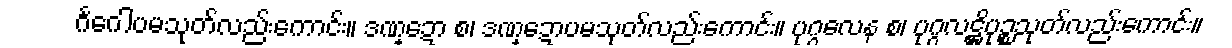
ဂင်္ဂေါပမသုတ်လည်းကောင်း။ ဒဏ္ဍော စ၊ ဒဏ္ဍောပမသုတ်လည်းကောင်း။ ပုဂ္ဂလေန စ၊ ပုဂ္ဂလဋ္ဌိပုဉ္စသုတ်လည်းကောင်း။